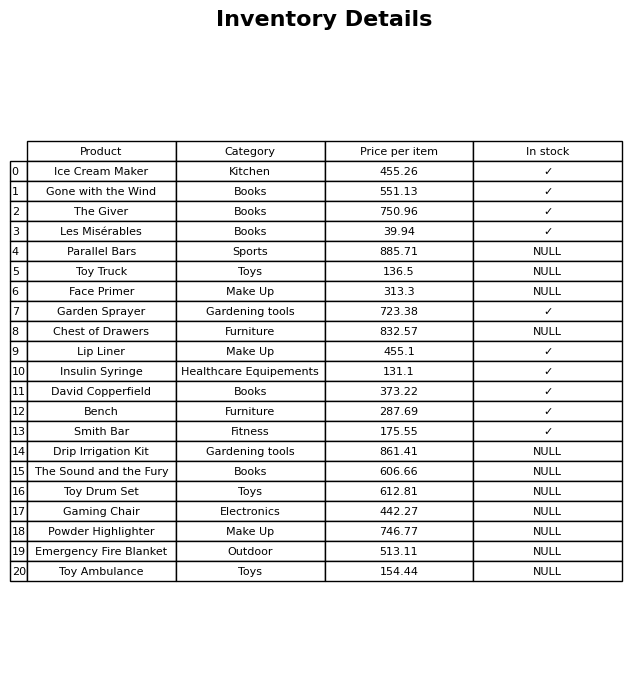
question: What is the price for David Copperfield?
answer: The price of David Copperfield is 373.22.